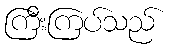
ကြီးကြပ်သည်